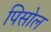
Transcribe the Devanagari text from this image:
पिसोल